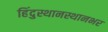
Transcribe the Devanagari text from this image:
हिंदुस्थानस्थानभर